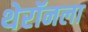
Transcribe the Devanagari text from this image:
थेरॉनला